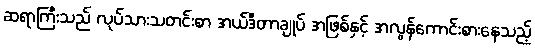
ဆရာကြီးသည် လုပ်သားသတင်းစာ အယ်ဒီတာချုပ် အဖြစ်နှင့် အလွန်ကောင်းစားနေသည့်